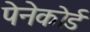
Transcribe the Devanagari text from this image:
पेनेकोर्ड